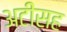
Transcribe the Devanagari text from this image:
अटींसह